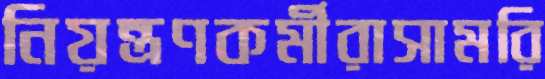
নিয়ন্ত্রণকর্মীরাসামরি